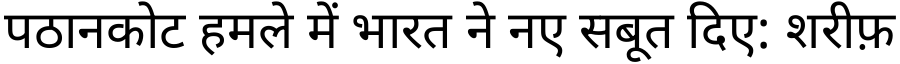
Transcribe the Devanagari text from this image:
पठानकोट हमले में भारत ने नए सबूत दिए: शरीफ़